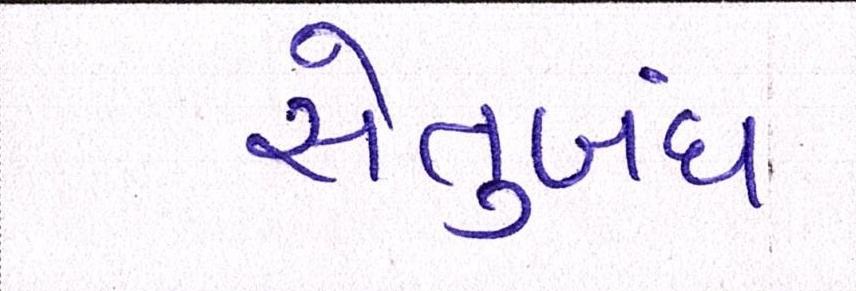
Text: સેતુબંધ